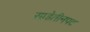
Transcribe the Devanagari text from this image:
साडेतीनपट